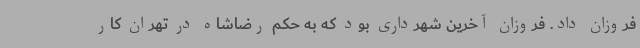
فروزان داد. فروزان آخرین شهرداری بود که به حکم رضاشاه در تهران کار